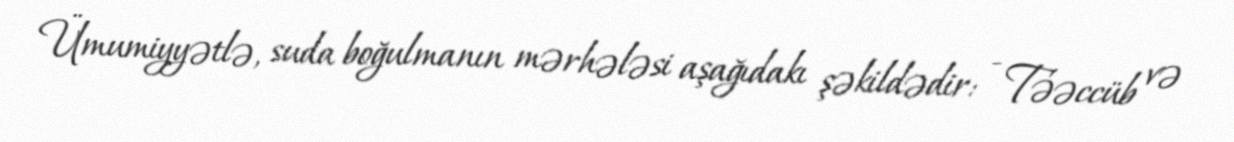
Ümumiyyətlə, suda boğulmanın mərhələsi aşağıdakı şəkildədir: - Təəccüb və